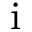
\mathrm { i }